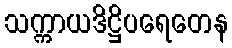
သက္ကာယဒိဋ္ဌိပရေတေန